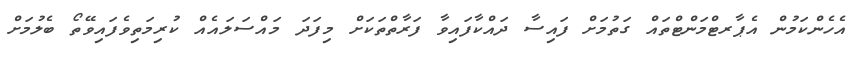
އެހެންކަމުން އެޕާރޓްމަންޓްތައް ގަތުމަށް ފައިސާ ދައްކާފައިވާ ފަރާތްތަކަށް މިފަދަ މައްސަލައެއް ކުރިމަތިވެފައިވޭތޯ ބެލުމަށް